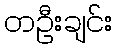
တဦးချင်း